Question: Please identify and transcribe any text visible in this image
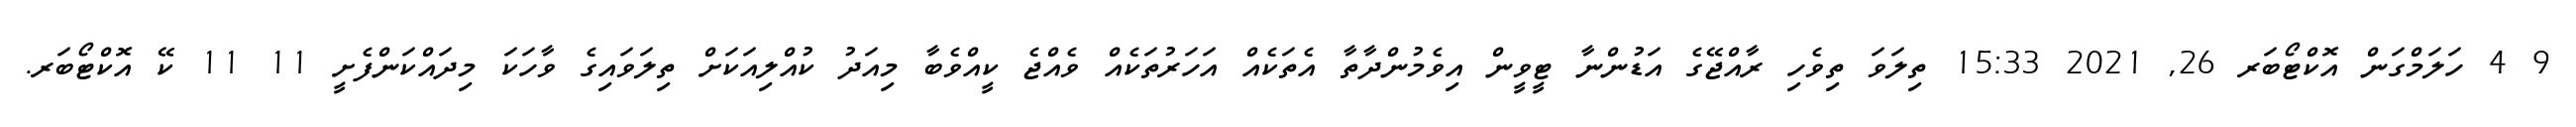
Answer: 9 4 ހަލަމްގަން އޮކްޓޯބަރ 26, 2021 15:33 ތިލަވަ ތިވެހި ރާއްޖޭގެ އަޑުންނާ ޓީވީން އިވެމުންދާތާ އެތަކެއް އަހަރުތަކެއް ވެއްޖެ ކީއްވެބާ މިއަދު ކުއްލިއަކަށް ތިލަވައިގެ ވާހަކަ މިދައްކަންފެށީ 11 11 ކޭ އޮކްޓޯބަރ.